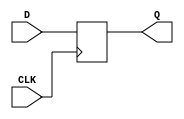
module d_flip_flop (
  input wire D,
  input wire CLK,
  output reg Q
);

// Sequential logic for D flip-flop
always @(posedge CLK) begin
  Q <= D;
end

endmodule